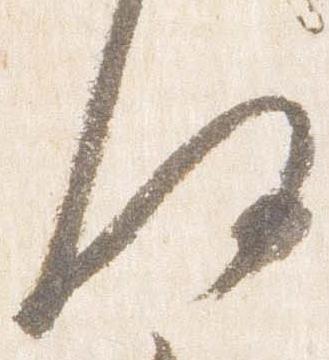
何